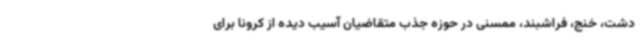
دشت، خنج، فراشبند، ممسنی در حوزه جذب متقاضیان آسیب دیده از کرونا برای